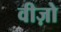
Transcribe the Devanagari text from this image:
वीज़ो